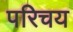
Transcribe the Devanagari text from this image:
परिचय